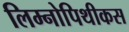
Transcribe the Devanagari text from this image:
लिम्नोपिथीकस